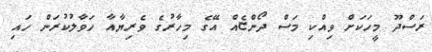
ރަސްދޫ މީހަކަށް ވިއްކި މަސް ދޯންޏެއް އޭގެ މިހާރުގެ ވެރިޔާއާ ހަވާލުކުރަން ހައި